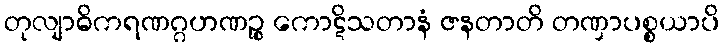
တုလျာဓိကရဏဂ္ဂဟဏဉ္စ ကောဋိသတာနံ ဇနတာတိ တဏှာပစ္စယာပိ